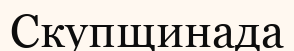
Скупщинада